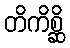
တိကိစ္ဆိ